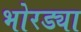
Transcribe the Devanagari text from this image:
भोरड्या